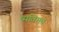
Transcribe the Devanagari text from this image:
व्यतिगत